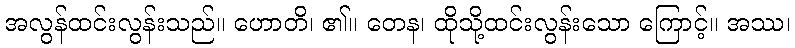
အလွန်ထင်းလွန်းသည်။ ဟောတိ၊ ၏။ တေန၊ ထိုသို့ထင်းလွန်းသော ကြောင့်။ အဿ၊